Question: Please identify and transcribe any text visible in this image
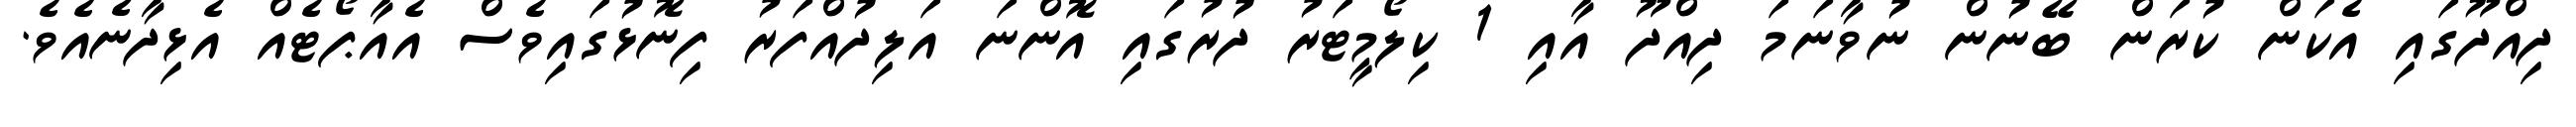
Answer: ދިއްދޫގައި އެކަން ކުރަން ބޭނުން ނުވާނަމަ ދިއްދޫ އާއި 1 ކިލޯމީޓަރު ދުރުގައި އޮންނަ އަލިދުއްފަރު ފިނޮޅުގައިވެސް އެއާޕޯޓެއް އެޅިދާނެއެވެ.